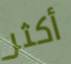
أكثر